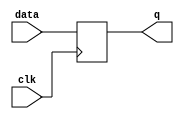
module rising_edge_latch (
    input data,
    input clk,
    output reg q
);

always @(posedge clk) begin
    q <= data;
end

endmodule